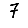
Digit: 7